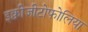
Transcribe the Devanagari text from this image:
इक्वीजीटोफोलिया